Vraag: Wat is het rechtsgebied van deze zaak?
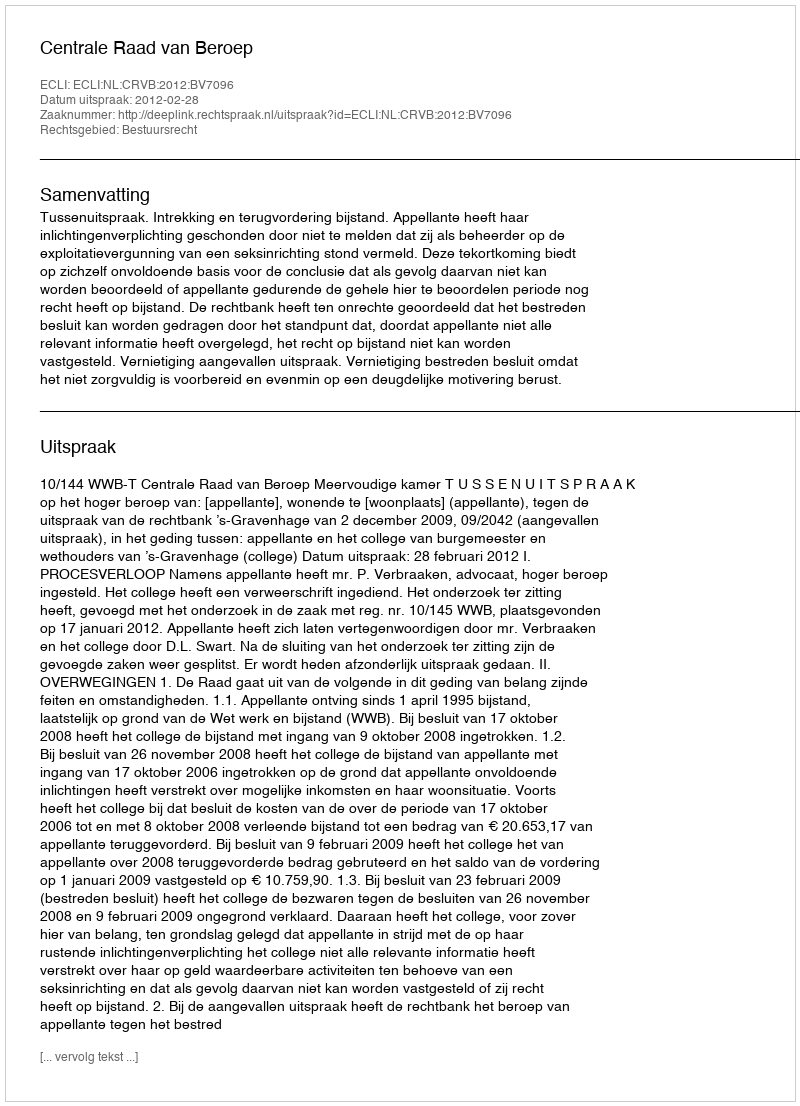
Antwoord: Bestuursrecht